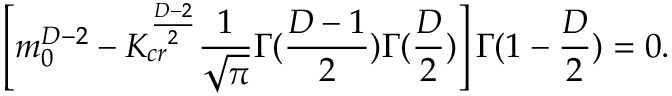
\left[ m _ { 0 } ^ { D - 2 } - K _ { c r } ^ { \frac { D - 2 } { 2 } } \frac { 1 } { \sqrt { \pi } } \Gamma ( \frac { D - 1 } { 2 } ) \Gamma ( \frac { D } { 2 } ) \right] \Gamma ( 1 - \frac { D } { 2 } ) = 0 .